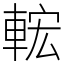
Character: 𨌆